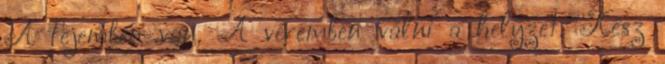
A fejemben van. A véremben válni a helyzet. Kész